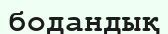
бодандық